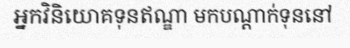
អ្នកវិនិយោគទុនឥណ្ឌា មកបណ្តាក់ទុននៅ